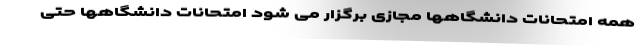
همه امتحانات دانشگاهها مجازی برگزار می شود امتحانات دانشگاهها حتی